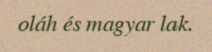
oláh és magyar lak.